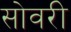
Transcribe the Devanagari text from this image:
सोवरी